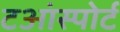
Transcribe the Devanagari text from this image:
टआंस्पोर्ट